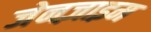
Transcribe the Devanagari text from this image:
जेनज़ाइम